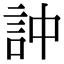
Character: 訲